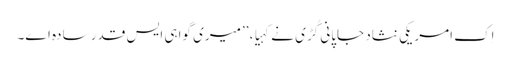
اِک امریکی نثاد جاپانی کُڑی نے کہیا، ’’میری گواہی ایس قدر سادہ اے۔